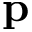
\mathbf { p }